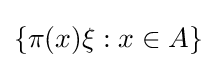
\{\pi (x)\xi :x\in A\}